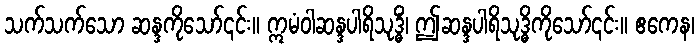
သက်သက်သော ဆန္ဒကိုသော်၎င်း။ ဣမံဝါဆန္ဒပါရိသုဒ္ဓိံ၊ ဤဆန္ဒပါရိသုဒ္ဓိကိုသော်၎င်း။ ဧကေန၊